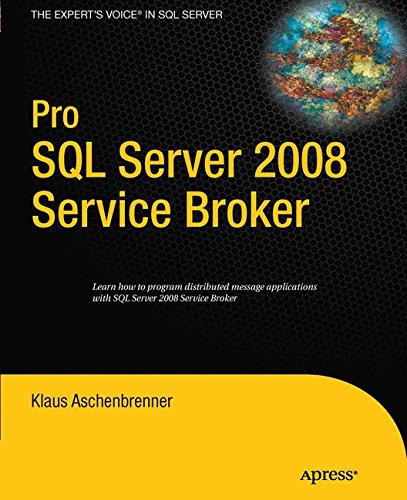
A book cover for Pro SQL Server 2008 Service Broker; Klaus Aschenbrenner; Computers & Technology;